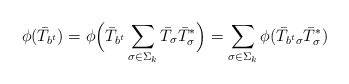
\begin{align*}\phi(\bar T_{b^t})=\phi\Big(\bar T_{b^t}\sum_{\sigma\in \Sigma_k}\bar T_{\sigma}\bar T_{\sigma}^*\Big)=\sum_{\sigma\in \Sigma_k}\phi(\bar T_{b^t\sigma}\bar T_{\sigma}^*)\end{align*}